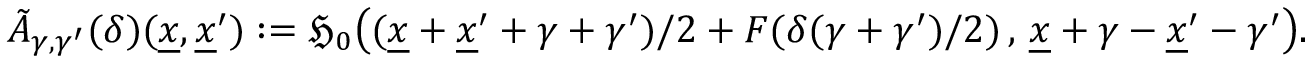
\tilde { A } _ { \gamma , \gamma ^ { \prime } } ( \delta ) ( \underline { { x } } , \underline { { x } } ^ { \prime } ) : = \mathfrak { H } _ { 0 } \big ( ( \underline { { x } } + \underline { { x } } ^ { \prime } + \gamma + \gamma ^ { \prime } ) / 2 + F ( \delta ( \gamma + \gamma ^ { \prime } ) / 2 ) \, , \, \underline { { x } } + \gamma - \underline { { x } } ^ { \prime } - \gamma ^ { \prime } \big ) .